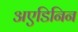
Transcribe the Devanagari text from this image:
अएडिनिन